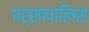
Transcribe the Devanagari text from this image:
पर्सापालिस